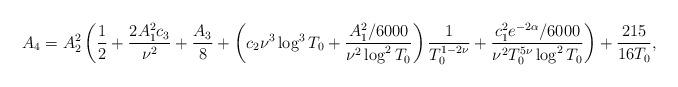
LaTeX: \begin{align*} A_4 = A_2^2\left( \frac{1}{2} + \frac{2A_1^2 c_3}{\nu^2} + \frac{A_3}{8} + \left( c_2 \nu^3 \log^3T_0 + \frac{A_1^2/6000}{\nu^2 \log^2 T_0} \right) \frac{1}{T_0^{1-2\nu}} + \frac{c_1^2 e^{-2\alpha} /6000 }{\nu^2 T_0^{5\nu}\log^2 T_0} \right) + \frac{215}{16T_0} ,\end{align*}